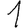
Digit: 1